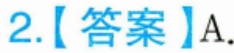
2.【答案】A.